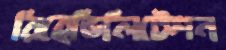
রিহেভিলিটেশন